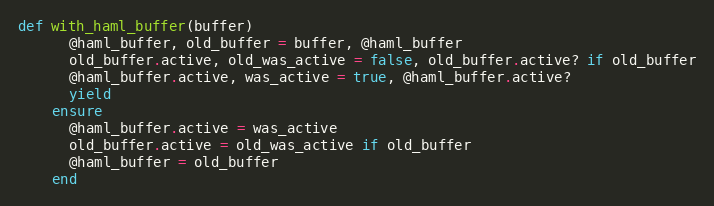
Language: Ruby
def with_haml_buffer(buffer)
      @haml_buffer, old_buffer = buffer, @haml_buffer
      old_buffer.active, old_was_active = false, old_buffer.active? if old_buffer
      @haml_buffer.active, was_active = true, @haml_buffer.active?
      yield
    ensure
      @haml_buffer.active = was_active
      old_buffer.active = old_was_active if old_buffer
      @haml_buffer = old_buffer
    end